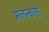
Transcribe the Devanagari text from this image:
मेलन्कली